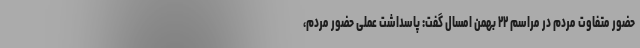
حضور متفاوت مردم در مراسم ۲۲ بهمن امسال گفت: پاسداشت عملی حضور مردم،